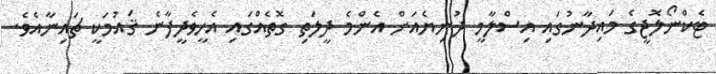
ޓެކްނޯލޮޖީގެ މައިދާނުގައި އިސްލާމީ ދުނިޔެއަށް އެންމެ ދީލަތި ގޮތެއްގައި އެހީވެދީފާނެ ޤައުމަކީ ޗައިނާއެވެ.